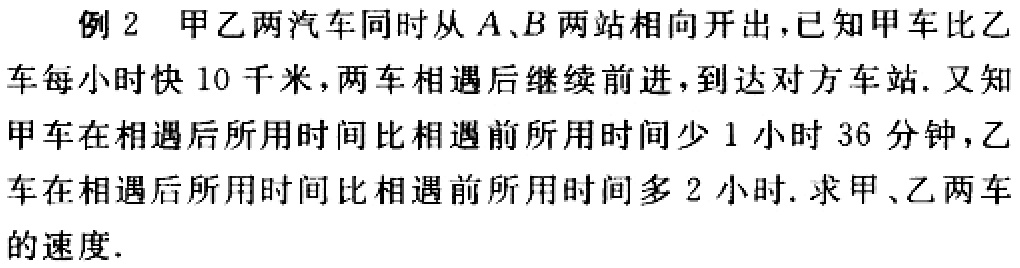
例2 甲乙两汽车同时从\(A、B\)两站相向开出，已知甲车比乙车每小时快\(10\)千米，两车相遇后继续前进，到达对方车站. 又知甲车在相遇后所用时间比相遇前所用时间少\(1\)小时\(36\)分钟，乙车在相遇后所用时间比相遇前所用时间多\(2\)小时. 求甲、乙两车的速度.